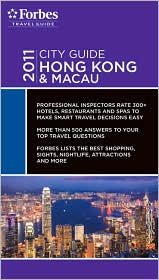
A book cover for Hong Kong & Macau Publisher: Forbes Travel Guide; Forbes Travel Guide; Travel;